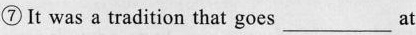
⑦It was a tradition that goes ___ at